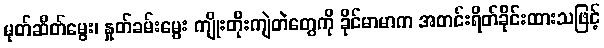
မုတ်ဆိတ်မွေး၊ နှုတ်ခမ်းမွေး ကျိုးတိုးကျဲတဲတွေကို ခိုင်မာမာက အတင်းရိတ်ခိုင်းထားသဖြင့်